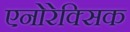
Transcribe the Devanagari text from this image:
एनोरेक्सिक